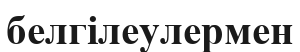
белгілеулермен